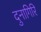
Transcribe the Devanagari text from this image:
दुनागिरि